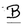
Character: B